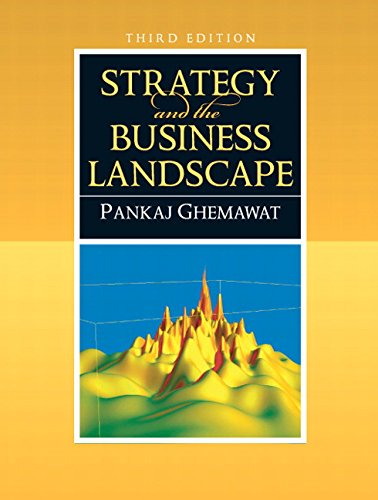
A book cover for Strategy and the Business Landscape (3rd Edition); Pankaj E. Ghemawat; Business & Money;